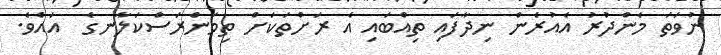
ނުވަތަ މެންދުރު އެއުރެން ނިދާފައި ތިއްބައި އެ ރަށްތަކަށް ތިމަންރަސްކަލާނގެ  އައެވެ.